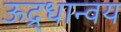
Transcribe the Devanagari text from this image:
ऊद्र्धान्वय